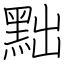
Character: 黜